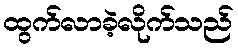
ထွက်လာခဲ့လိုက်သည်